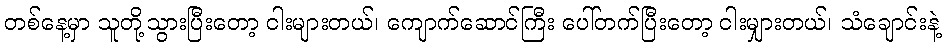
တစ်နေ့မှာ သူတို့သွားပြီးတော့ ငါးများတယ်၊ ကျောက်ဆောင်ကြီး ပေါ်တက်ပြီးတော့ ငါးမျှားတယ်၊ သံချောင်းနဲ့